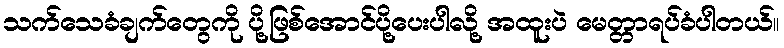
သက်သေခံချက်တွေကို ပို့ဖြစ်အောင်ပို့ပေးပါလို့ အထူးပဲ မေတ္တာရပ်ခံပါတယ်။